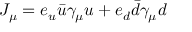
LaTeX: J _ { \mu } = e _ { u } \bar { u } \gamma _ { \mu } u + e _ { d } \bar { d } \gamma _ { \mu } d